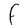
Character: F